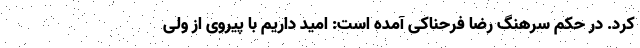
کرد. در حکم سرهنگ رضا فرحناکی آمده است: امید داریم با پیروی از ولی